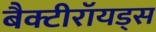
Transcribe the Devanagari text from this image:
बैक्टीरॉयड्स